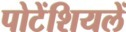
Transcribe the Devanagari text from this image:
पोटेंशियलें